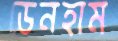
ডেনহাম